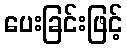
ပေးခြင်းဖြင့်